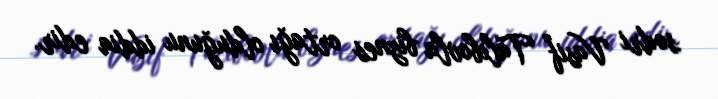
sədri Vasif Talıbovla biznes ortağı olduğunu iddia edir.